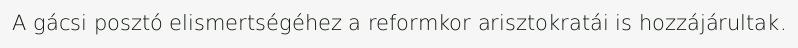
A gácsi posztó elismertségéhez a reformkor arisztokratái is hozzájárultak.